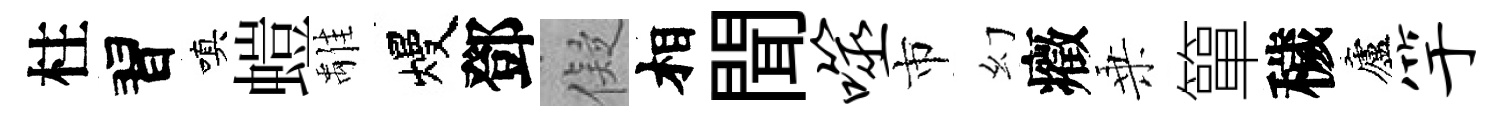
柱習嗔螘𩀌熳鄧儗相聞噬市幻癥乗簞穢廬竽